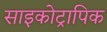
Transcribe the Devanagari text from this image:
साइकोट्रापिक